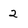
Character: 2